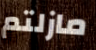
مازلتم